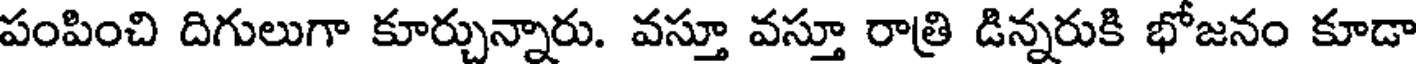
పంపించి దిగులుగా కూర్చున్నారు. వస్తూ వస్తూ రాత్రి డిన్నరుకి భోజనం కూడా